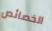
الخصائص